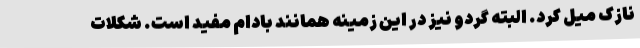
نازک میل کرد. البته گردو نیز در این زمینه همانند بادام مفید است. شکلات